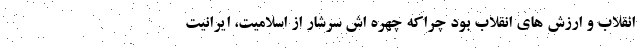
انقلاب و ارزش های انقلاب بود چراکه چهره اش سرشار از اسلامیت، ایرانیت